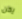
يكن